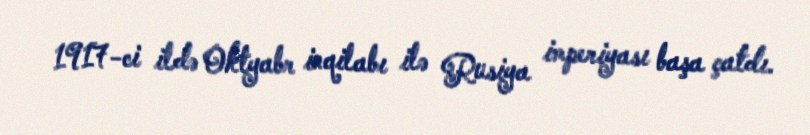
1917-ci ildə Oktyabr inqilabı ilə Rusiya imperiyası başa çatdı.